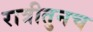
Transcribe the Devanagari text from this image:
रात्रीतुनच